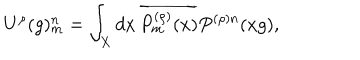
LaTeX: U ^ { \rho } ( g ) _ { m } ^ { n } = \int _ { X } d x \, \overline { { { P _ { m } ^ { ( \rho ) } ( x ) } } } P ^ { ( \rho ) n } ( x g ) ,